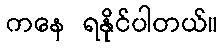
ကနေ ရနိုင်ပါတယ်။